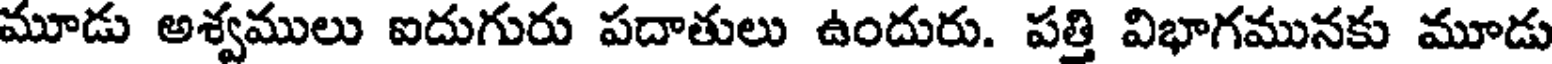
మూడు అశ్వములు ఐదుగురు పదాతులు ఉందురు. పత్తి విభాగమునకు మూడు